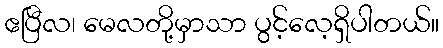
ဧပြီလ၊ မေလတို့မှာသာ ပွင့်လေ့ရှိပါတယ်။